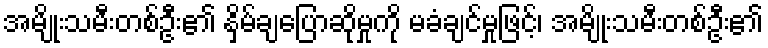
အမျိုးသမီးတစ်ဦး၏ နှိမ်ချပြောဆိုမှုကို မခံချင်မှုဖြင့်၊ အမျိုးသမီးတစ်ဦး၏